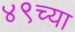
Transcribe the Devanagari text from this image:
४९च्या